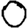
Digit: 0